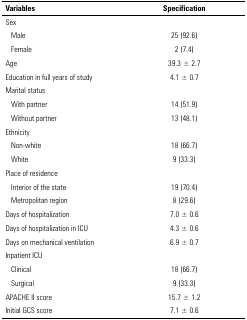
| Variables | Specification |
 | --- | --- |
 | Sex |  |
 | Male | 25 (92.6) |
 | Female | 2 (7.4) |
 | Age | 39.3 ± 2.7 |
 | Education in full years of study | 4.1 ± 0.7 |
 | Marital status |  |
 | With partner | 14 (51.9) |
 | Without partner | 13 (48.1) |
 | Ethnicity |  |
 | Non-white | 18 (66.7) |
 | White | 9 (33.3) |
 | Place of residence |  |
 | Interior of the state | 19 (70.4) |
 | Metropolitan region | 8 (29.6) |
 | Days of hospitalization | 7.0 ± 0.6 |
 | Days of hospitalization in ICU | 4.3 ± 0.6 |
 | Days on mechanical ventilation | 6.9 ± 0.7 |
 | Inpatient ICU |  |
 | Clinical | 18 (66.7) |
 | Surgical | 9 (33.3) |
 | APACHE II score | 15.7 ± 1.2 |
 | Initial GCS score | 7.1 ± 0.6 |